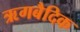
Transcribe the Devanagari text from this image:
ऋगबैदिक